Trukikaitis_Postimees, lk 19
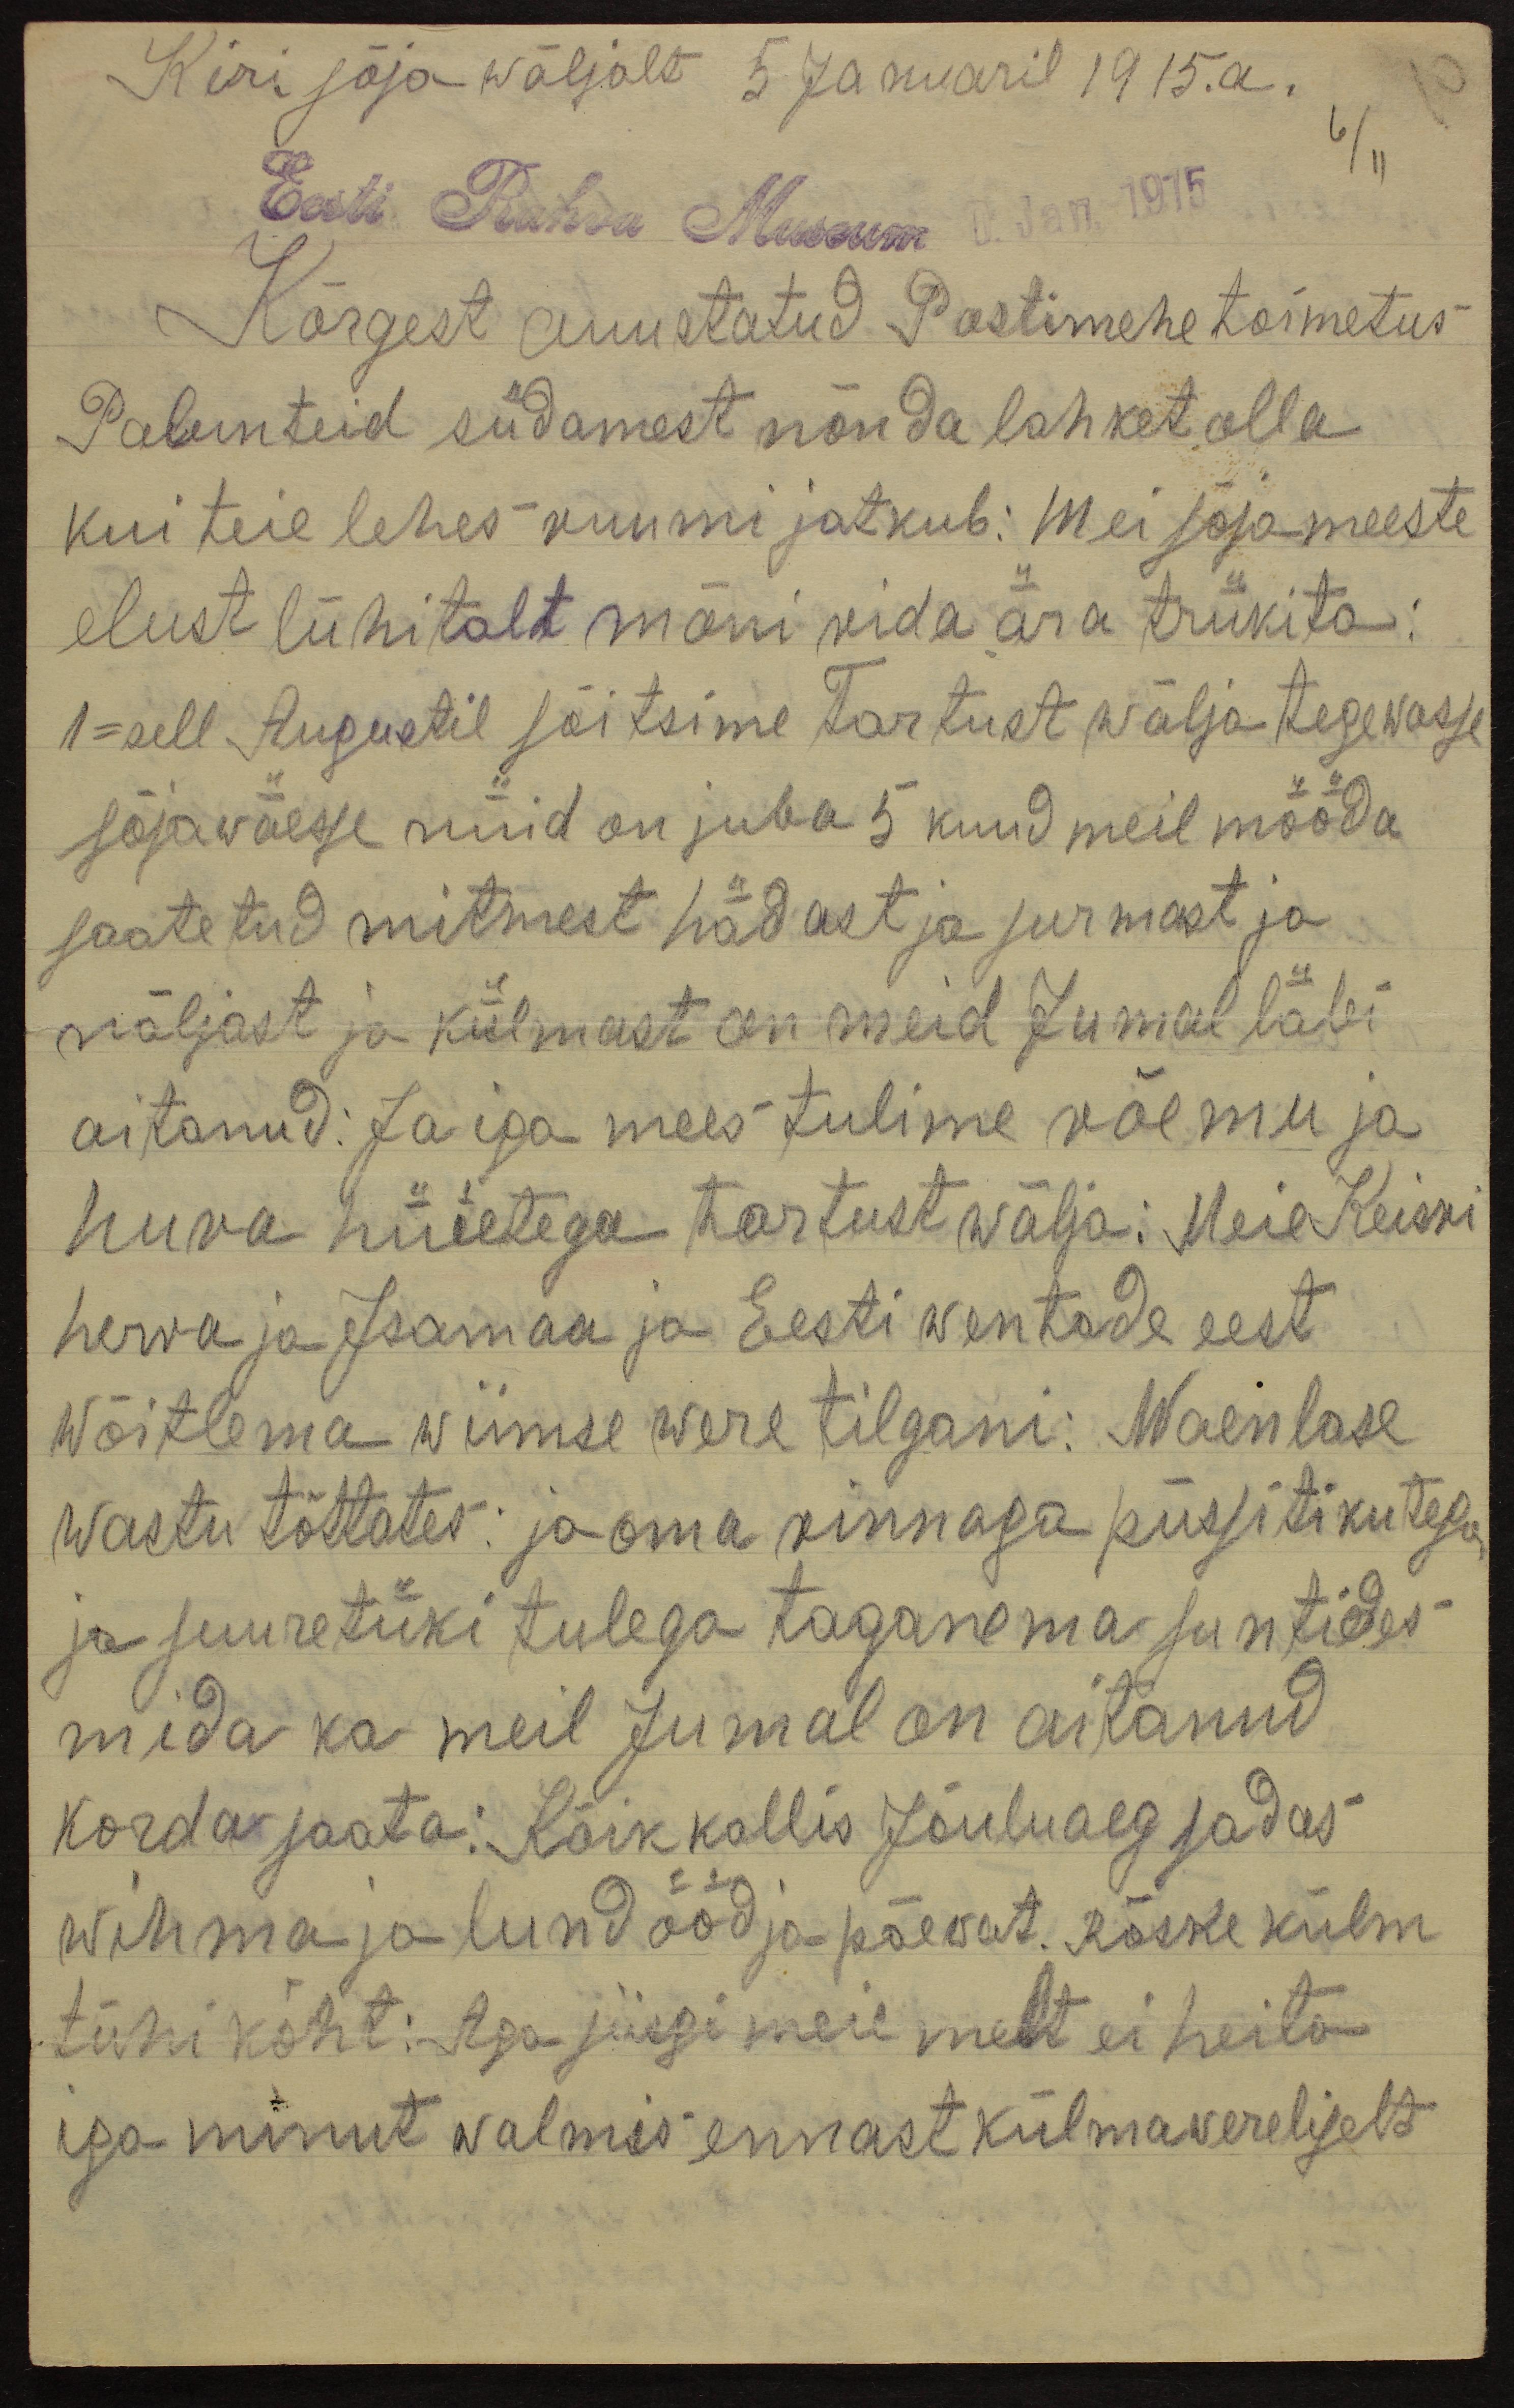
Kiri sõja wäljalt 5 Januaril 1915. a.
6/11
Eesti Rahva Museum
Jan. 1915
Kõrgest auustatud Postimehe toimetus
Palun teid südamest nõnda lahket olla
kui teie lehes ruumi jatkub: Mei sõjameeste
elust lühitalt mõni rida ära trükita:
1-sell Augustil sõitsime Tartust wälja tegewasse
sõjawäesse nüid on juba 5 kuud meil mööda
saatetud mitmest hädast ja surmast ja
näljast ja külmast on meid Jumal läbi
aitanud. Ja iga mees tulime võemu ja
huva hüietega tartust wälja: Meie Keisri
herra ja Isamaa ja Eesti wentade eest
wõitlema wiimse were tilgani: Waenlase
wastu tõttates: ja oma rinnaga püssitikutega
ja suuretüki tulega taganema suntides
mida ka meil Jumal on aitanud.
korda saata: Kõik kallis Jõuluaeg sadas
wihma ja lund ööd ja päewat. Rõske külm
tühi kõht: Aga siisgi meie melt ei heita
iga minut walmis ennast külmawereliselt